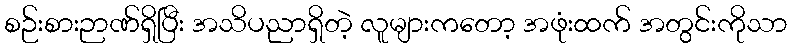
စဉ်းစားဉာဏ်ရှိပြီး အသိပညာရှိတဲ့ လူများကတော့ အဖုံးထက် အတွင်းကိုသာ